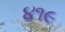
૪૧૯